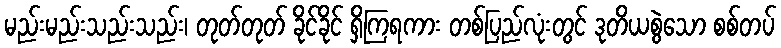
မည်းမည်းသည်းသည်း၊ တုတ်တုတ် ခိုင်ခိုင် ရှိကြရကား တစ်ပြည်လုံးတွင် ဒုတိယစွဲသော စစ်တပ်